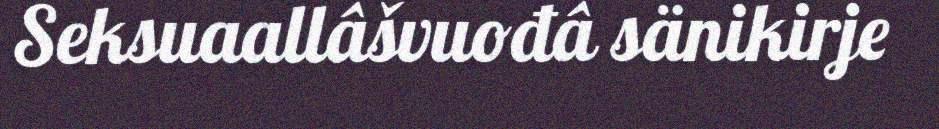
Seksuaallâšvuođâ sänikirje